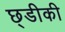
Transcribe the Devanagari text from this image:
छ्डीकी